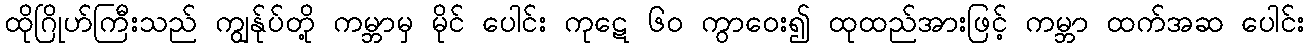
ထိုဂြိုဟ်ကြီးသည် ကျွန်ုပ်တို့ ကမ္ဘာမှ မိုင် ပေါင်း ကုဋေ ၆၀ ကွာဝေး၍ ထုထည်အားဖြင့် ကမ္ဘာ ထက်အဆ ပေါင်း